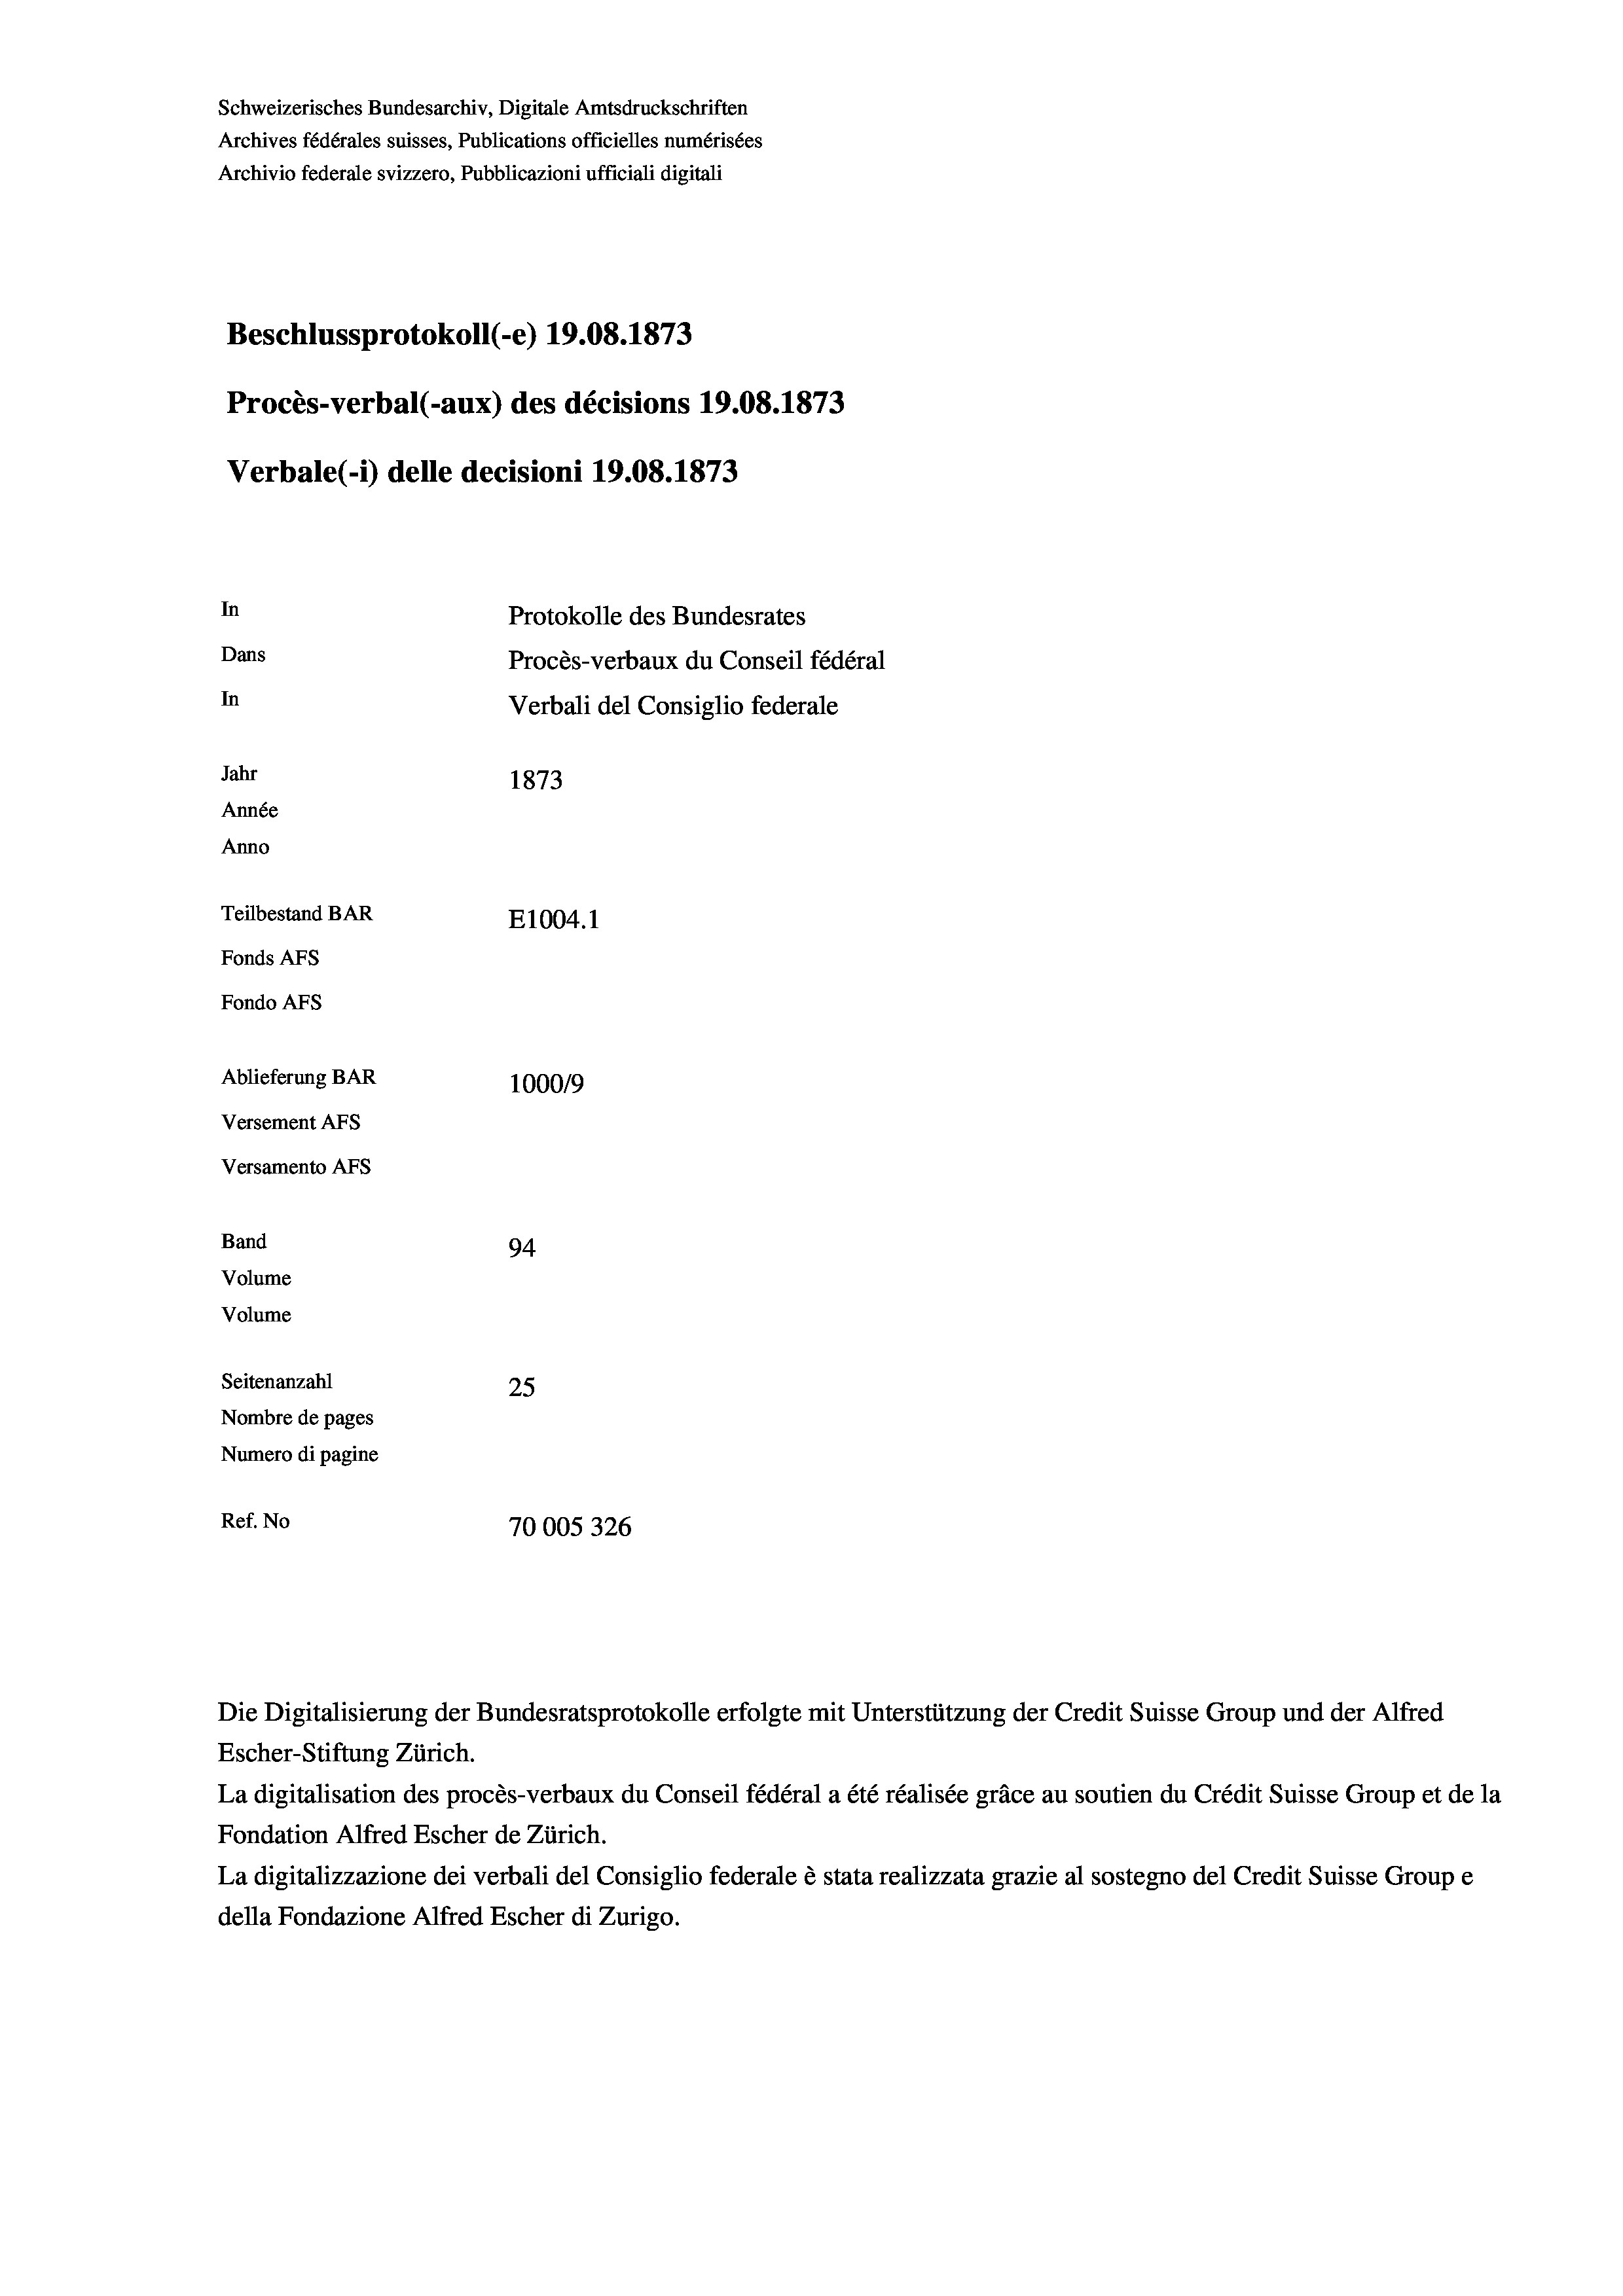
Schweizerisches Bundesarchiv, Digitale Amtsdruckschriften
Archives fédérales suisses, Publications officielles numérisées
Archivio federale svizzero, Pubblicazioni ufficiali digitali
Beschlussprotokoll (-e) 19.08. 1873
Procès-verbal (-aux) des décisions 19.08. 1873
Verbale(-*) delle decisioni 19.08. 1873
In
Protokolle des Bundesrates
Dans
Procès-verbaux du Conseil fédéral
In
Verbali del Consiglio federale
Jahr
1873
Année
Anno
Teilbestand BAR
E1004.1
Fonds AFs
Fondo AFs
Ablieferung BAR
1000/9
Versement Abs
Versamento AFs
Band
94
Volume
Volume

Seitenanzahl
25
Nombre de pages
Numero di pagine
Ref. No
70005326

Escher-Stiftung Zürich.
La digitalisation des procès-verbaux du Conseil fédéral a été réalisée gräce au soutien du Crédit Suisse Group et de la
Fondation Alfred Escher de Zürich.
La digitalizzazione dei verbali del Consiglio federale è stata realizzata grazie al sostegno del Credit Suisse Groupe
della Fondazione Alfred Escher di Zurigo.

Die Digitalisierung der Bundesratsprotokolle erfolgte mit Unterstützung der Credit Suisse Group und der Alfred